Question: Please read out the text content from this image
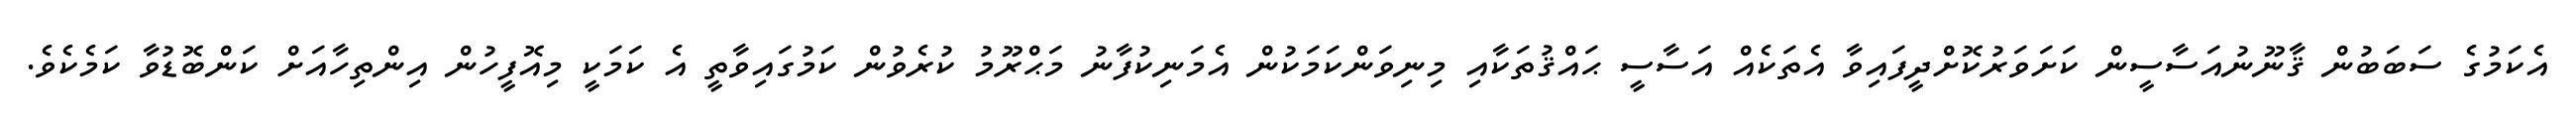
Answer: އެކަމުގެ ސަބަބުން ޤާނޫނުއަސާސީން ކަށަވަރުކޮށްދީފައިވާ އެތަކެއް އަސާސީ ޙައްޤުތަކާއި މިނިވަންކަމަކުން އެމަނިކުފާނު މަޙްރޫމު ކުރެވުން ކަމުގައިވާތީ އެ ކަމަކީ މިއޮފީހުން އިންތިހާއަށް ކަންބޮޑުވާ ކަމެކެވެ.